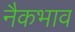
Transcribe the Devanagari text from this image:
नैकभाव